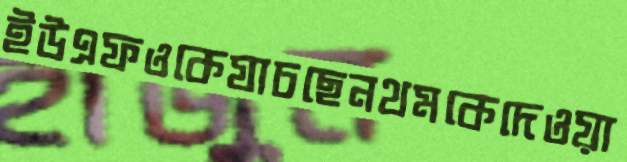
ইউএফওকেযাচছেনথমকেদেওয়া